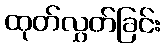
ထုတ်လွှတ်ခြင်း